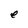
Character: e